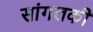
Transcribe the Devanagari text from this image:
सांगलकी